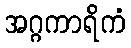
အဂ္ဂကာရိကံ